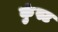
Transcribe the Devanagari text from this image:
कुंस्ट